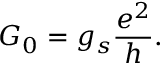
G _ { 0 } = g _ { s } \frac { e ^ { 2 } } { h } .